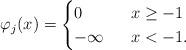
LaTeX: \begin{align*}\varphi_j(x)=\begin{cases}0&~~x\ge -1\\-\infty&~~x< -1.\end{cases}\end{align*}